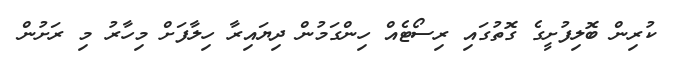
ކުރިން ބޮލިފުށީގެ ގޮތުގައި ރިސޯޓެއް ހިންގަމުން ދިޔައިރާ ހިލާފަށް މިހާރު މި ރަށުން